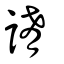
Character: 誵